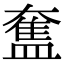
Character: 𥂙